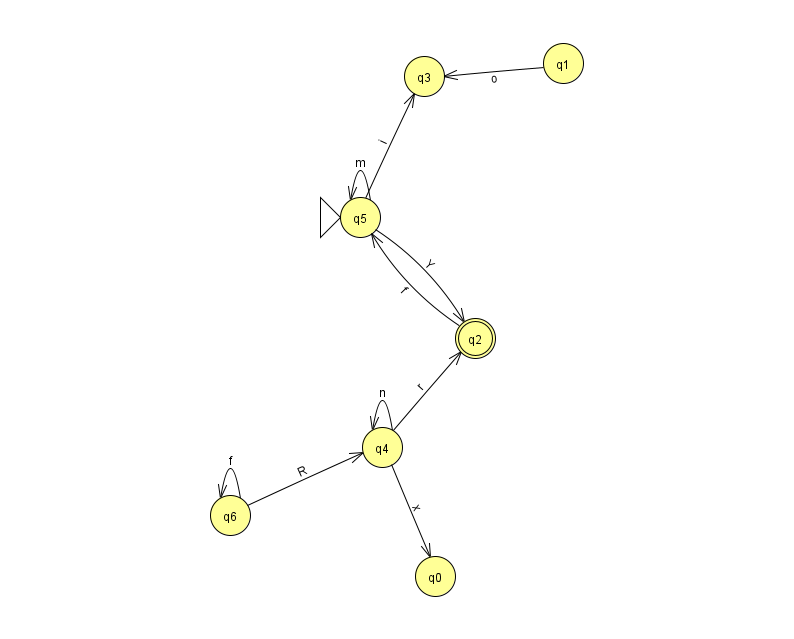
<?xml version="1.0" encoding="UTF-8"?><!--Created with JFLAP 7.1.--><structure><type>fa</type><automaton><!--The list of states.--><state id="0" name="q0"><x>435.0</x><y>563.0</y></state><state id="1" name="q1"><x>563.0</x><y>50.0</y></state><state id="2" name="q2"><x>475.0</x><y>325.0</y><final/></state><state id="3" name="q3"><x>424.0</x><y>63.0</y></state><state id="4" name="q4"><x>382.0</x><y>434.0</y></state><state id="5" name="q5"><x>360.0</x><y>204.0</y><initial/></state><state id="6" name="q6"><x>230.0</x><y>502.0</y></state><!--The list of transitions.--><transition><from>2</from><to>5</to><read>f</read></transition><transition><from>4</from><to>2</to><read>r</read></transition><transition><from>6</from><to>6</to><read>f</read></transition><transition><from>6</from><to>4</to><read>R</read></transition><transition><from>4</from><to>0</to><read>x</read></transition><transition><from>1</from><to>3</to><read>o</read></transition><transition><from>5</from><to>5</to><read>m</read></transition><transition><from>4</from><to>4</to><read>n</read></transition><transition><from>5</from><to>2</to><read>Y</read></transition><transition><from>5</from><to>3</to><read>i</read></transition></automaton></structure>